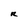
Character: R